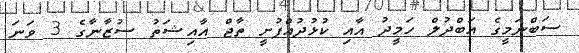
ސަބްނަމީގެ އަބްދުލް ހަމީދު އާއި ކުޅުދުއްފުށީ ތާޖް އާއިޝަތު ސުޒާނާގެ 3 ވަނަ